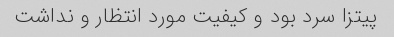
پیتزا سرد بود و کیفیت مورد انتظار و نداشت